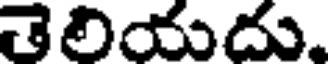
తెలియదు.